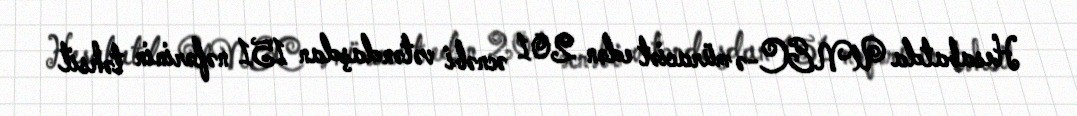
Hesabatda UNEC-ə müraciət edən 201 əcnəbi vətəndaşdan 151 nəfərinin təhsil